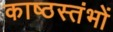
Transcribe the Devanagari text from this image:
काष्ठस्तंभों